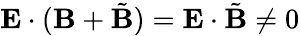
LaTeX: \mathbf{E}\cdot(\mathbf{B}+\tilde{\mathbf{B}})=\mathbf{E}\cdot\tilde{\mathbf{B}}\neq 0